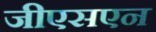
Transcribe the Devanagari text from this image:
जीएसएन